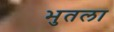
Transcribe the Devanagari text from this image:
भुतला